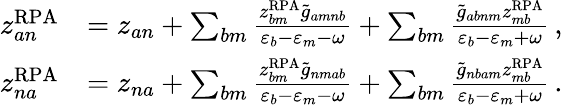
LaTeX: \begin{array}{rl}{z_{an}^{\mathrm{RPA}}}&{=z_{an}+\sum_{bm}\frac{z_{bm}^{\mathrm{RPA}}\tilde{g}_{amnb}}{\varepsilon_{b}-\varepsilon_{m}-\omega}+\sum_{bm}\frac{\tilde{g}_{abnm}z_{mb}^{\mathrm{RPA}}}{\varepsilon_{b}-\varepsilon_{m}+\omega}\, ,}\\ {z_{na}^{\mathrm{RPA}}}&{=z_{na}+\sum_{bm}\frac{z_{bm}^{\mathrm{RPA}}\tilde{g}_{nmab}}{\varepsilon_{b}-\varepsilon_{m}-\omega}+\sum_{bm}\frac{\tilde{g}_{nbam}z_{mb}^{\mathrm{RPA}}}{\varepsilon_{b}-\varepsilon_{m}+\omega}\, .}\end{array}